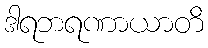
ဒါရဘရဏာယာတိ